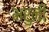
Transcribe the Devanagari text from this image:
भरुनी